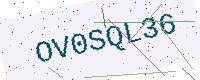
Text: OV0SQL36